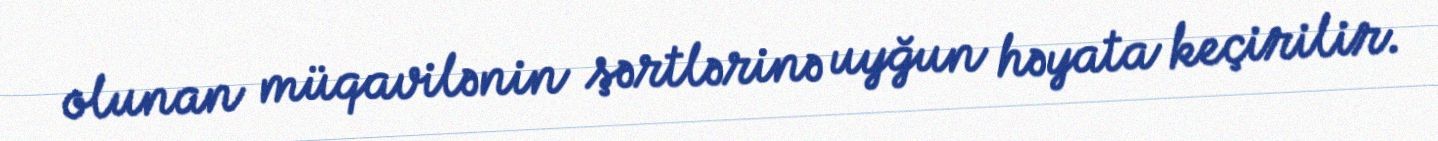
olunan müqavilənin şərtlərinə uyğun həyata keçirilir.